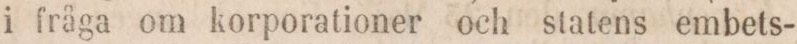
i fråga om korporationer och statens embets-